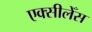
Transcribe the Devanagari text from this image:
एक्सीलेँस